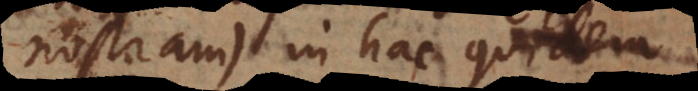
nostram) in hac quidem